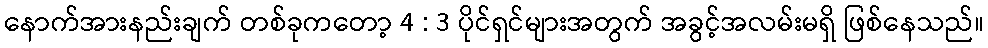
နောက်အားနည်းချက် တစ်ခုကတော့ 4 : 3 ပိုင်ရှင်များအတွက် အခွင့်အလမ်းမရှိ ဖြစ်နေသည်။